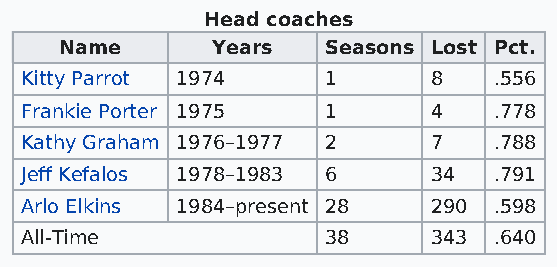
Head coaches
 Name      Years  Seasons Lost Pct.
 Kitty Parrot 1974   1      8    .556
 Frankie Porter 1975 1      4    .778
 Kathy Graham 1976–1977 2   7    .788
 Jeff Kefalos 1978–1983 6   34   .791
 Arlo Elkins 1984–present 28 290 .598
 All-Time            38     343  .640